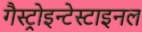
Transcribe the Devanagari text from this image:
गैस्ट्रोइन्टेस्टाइनल